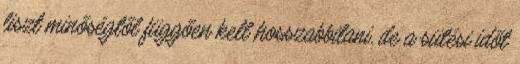
liszt minőségtől függően kell hosszabbitani, de a sütési időt